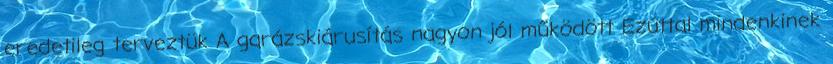
eredetileg terveztük A garázskiárusítás nagyon jól működött Ezúttal mindenkinek